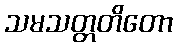
သမသတ္တတိတော